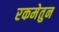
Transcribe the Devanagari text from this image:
रकमेतुन